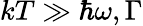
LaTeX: kT\gg\hbar\omega,\Gamma